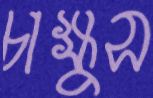
চাক্ষুস